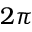
2 \pi